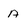
Character: A